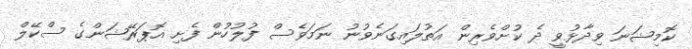
ކޮމިޝަނަ ވިދާޅުވީ ދެ ކުށްވެރިން އަތުލައިގަނެވުނު ނަމަވެސް ފުލުހުން ފެށި އޮޕަރޭޝަންގެ ސްކޭލް